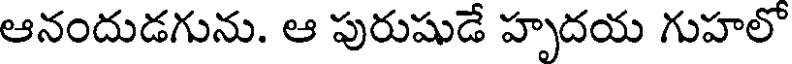
ఆనందుడగును. ఆ పురుషుడే హృదయ గుహలో